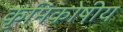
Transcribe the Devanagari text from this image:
कृमिकोषीय